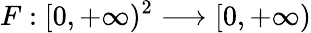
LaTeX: F:[0,+\infty)^{2}\longrightarrow[0,+\infty)